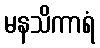
မနသိကာရံ